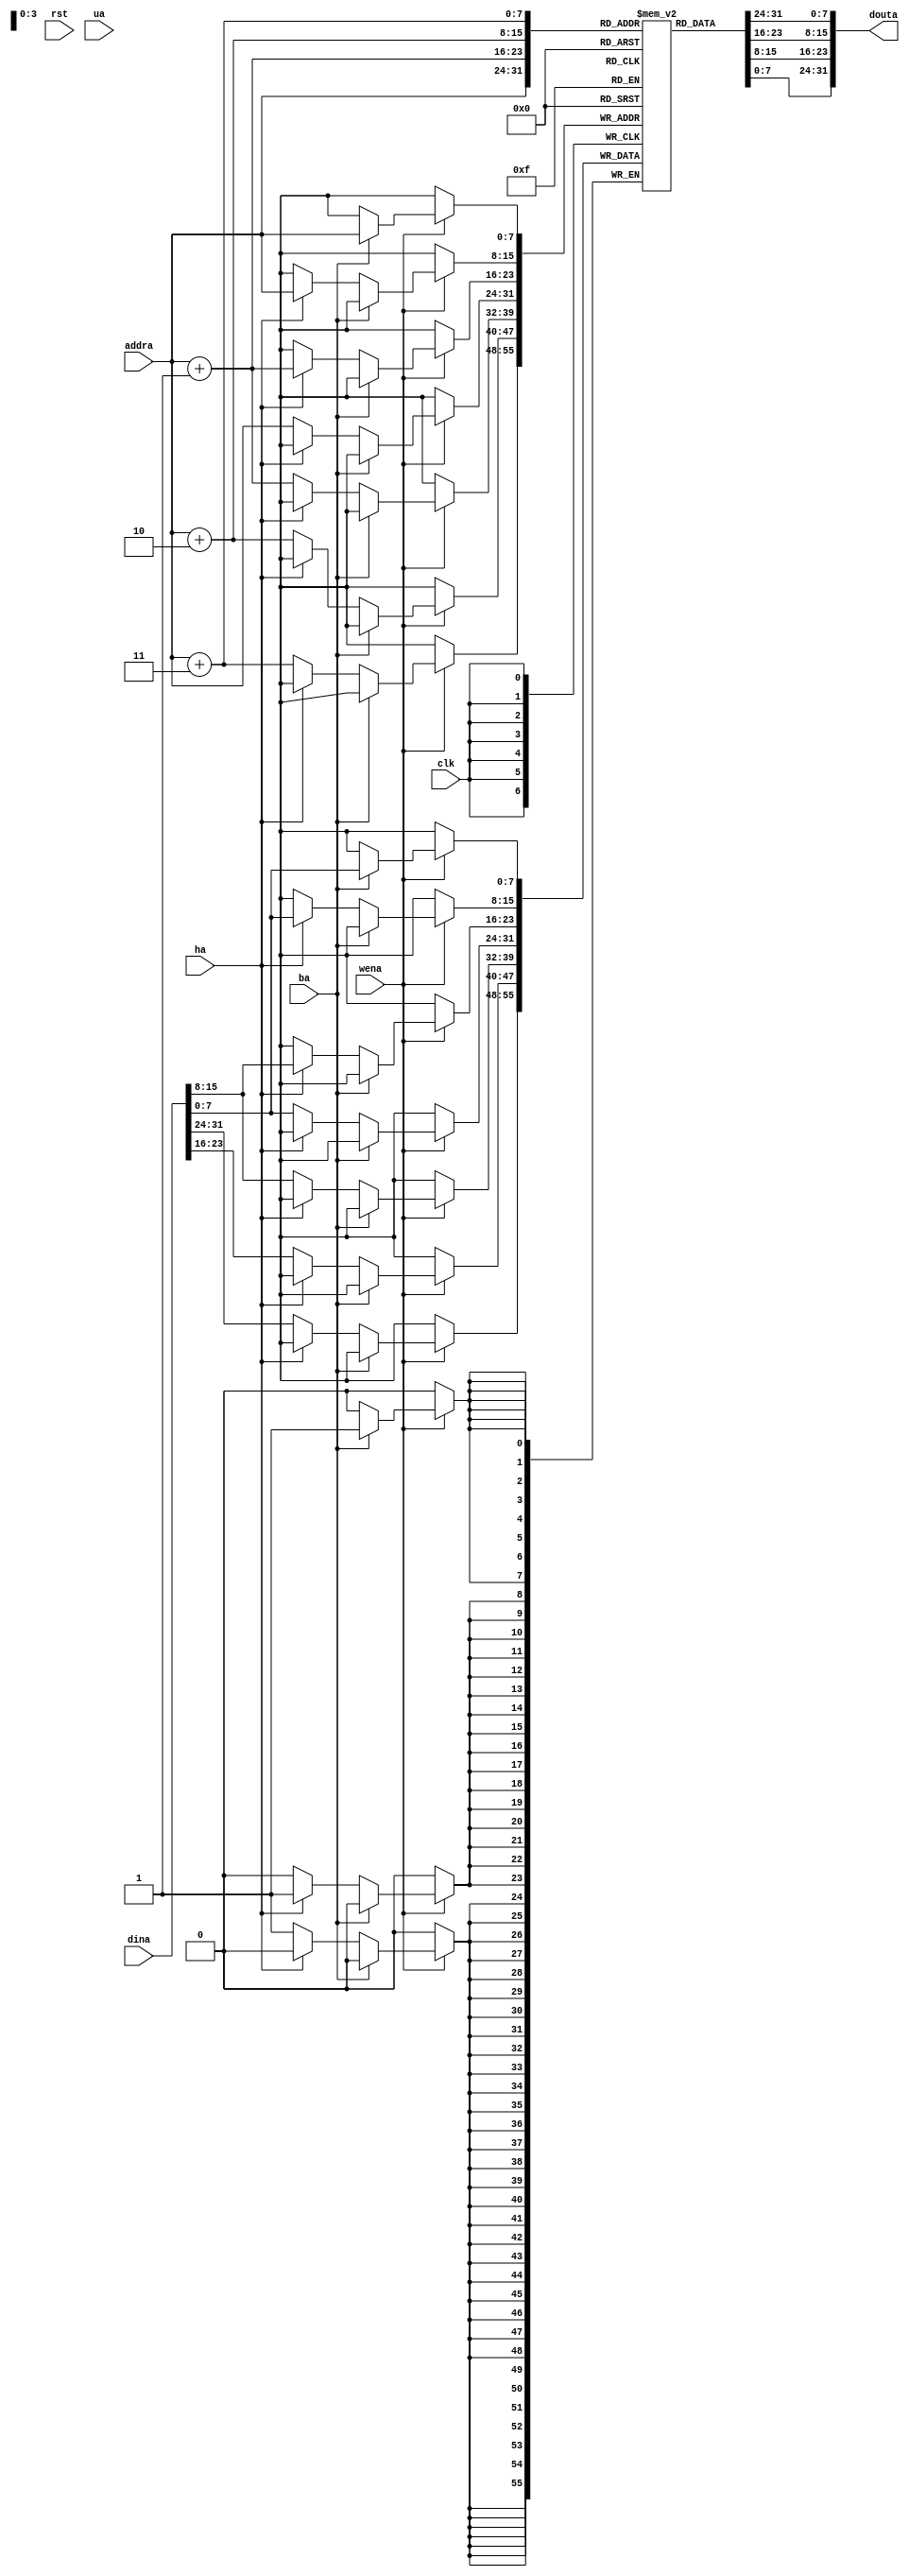
`timescale 1ns / 1ps
//////////////////////////////////////////////////////////////////////////////////
// Company: 
// Engineer: 
// 
// Design Name: 
// Module Name: bram
// Project Name: 
// Target Devices: 
// Tool Versions: 
// Description: 
// 
// Dependencies: 
// 
// Revision:
// Revision 0.01 - File Created
// Additional Comments:
// 
//////////////////////////////////////////////////////////////////////////////////


module bram(
    input clk,
    input rst,
    input wena,
    input ba,
    input ha,
    input ua,
    input [7:0] addra,
    input [31:0] dina,
    output [31:0] douta
    );
    reg [7:0]mem[0:255];
    initial begin
mem[0]<=8'b00010011;
mem[1]<=8'b00000000;
mem[2]<=8'b00000000;
mem[3]<=8'b00000000;
mem[4]<=8'b10010011;
mem[5]<=8'b00000000;
mem[6]<=8'b00000000;
mem[7]<=8'b00001000;
mem[8]<=8'b00010011;
mem[9]<=8'b00000001;
mem[10]<=8'b10000000;
mem[11]<=8'b00000000;
mem[12]<=8'b10010011;
mem[13]<=8'b00000001;
mem[14]<=8'b00000000;
mem[15]<=8'b00000001;
mem[16]<=8'b00010011;
mem[17]<=8'b00000010;
mem[18]<=8'b10000000;
mem[19]<=8'b00000001;
mem[20]<=8'b10110111;
mem[21]<=8'b00010010;
mem[22]<=8'b00000000;
mem[23]<=8'b00000000;
mem[24]<=8'b00010111;
mem[25]<=8'b00010011;
mem[26]<=8'b00000000;
mem[27]<=8'b00000000;
mem[28]<=8'b00110011;
mem[29]<=8'b00000011;
mem[30]<=8'b01010011;
mem[31]<=8'b01000000;
mem[32]<=8'b10110011;
mem[33]<=8'b01110011;
mem[34]<=8'b00100010;
mem[35]<=8'b00000000;
mem[36]<=8'b01100011;
mem[37]<=8'b10001010;
mem[38]<=8'b00100011;
mem[39]<=8'b00000010;
mem[40]<=8'b10010011;
mem[41]<=8'b11010101;
mem[42]<=8'b00010101;
mem[43]<=8'b00000000;
mem[44]<=8'b01100011;
mem[45]<=8'b11010110;
mem[46]<=8'b10110110;
mem[47]<=8'b00000010;
mem[48]<=8'b01101111;
mem[49]<=8'b00000001;
mem[50]<=8'b00000000;
mem[51]<=8'b00000100;
mem[52]<=8'b00010011;
mem[53]<=8'b11010111;
mem[54]<=8'b01000110;
mem[55]<=8'b00000001;
mem[56]<=8'b10010011;
mem[57]<=8'b11010111;
mem[58]<=8'b01000101;
mem[59]<=8'b01000001;
mem[60]<=8'b00110011;
mem[61]<=8'b00101000;
mem[62]<=8'b00000111;
mem[63]<=8'b00000001;
mem[64]<=8'b01100011;
mem[65]<=8'b00000100;
mem[66]<=8'b00000101;
mem[67]<=8'b00000001;
mem[68]<=8'b01110011;
mem[69]<=8'b00000000;
mem[70]<=8'b00000000;
mem[71]<=8'b00000000;
mem[72]<=8'b00010011;
mem[73]<=8'b00000000;
mem[74]<=8'b00000000;
mem[75]<=8'b00000000;
mem[76]<=8'b00010011;
mem[77]<=8'b00000000;
mem[78]<=8'b00000000;
mem[79]<=8'b00000000;
mem[80]<=8'b00010011;
mem[81]<=8'b00000000;
mem[82]<=8'b00000000;
mem[83]<=8'b00000000;
mem[84]<=8'b01110011;
mem[85]<=8'b00000000;
mem[86]<=8'b00000000;
mem[87]<=8'b00000000;
mem[88]<=8'b00110011;
mem[89]<=8'b11100100;
mem[90]<=8'b00100001;
mem[91]<=8'b00000000;
mem[92]<=8'b10010011;
mem[93]<=8'b10010100;
mem[94]<=8'b00010001;
mem[95]<=8'b00000000;
mem[96]<=8'b00110011;
mem[97]<=8'b00110101;
mem[98]<=8'b10010100;
mem[99]<=8'b00000000;
mem[100]<=8'b10110111;
mem[101]<=8'b11110101;
mem[102]<=8'b11111111;
mem[103]<=8'b11111111;
mem[104]<=8'b10010011;
mem[105]<=8'b01100110;
mem[106]<=8'b11110000;
mem[107]<=8'b11111111;
mem[108]<=8'b11100011;
mem[109]<=8'b11111110;
mem[110]<=8'b10110110;
mem[111]<=8'b11111010;
mem[112]<=8'b00100011;
mem[113]<=8'b00000100;
mem[114]<=8'b11010000;
mem[115]<=8'b00001100;
mem[116]<=8'b10100011;
mem[117]<=8'b00010100;
mem[118]<=8'b10110000;
mem[119]<=8'b00001100;
mem[120]<=8'b10100011;
mem[121]<=8'b00100101;
mem[122]<=8'b00010000;
mem[123]<=8'b00001100;
mem[124]<=8'b10100011;
mem[125]<=8'b00010111;
mem[126]<=8'b00100000;
mem[127]<=8'b00001100;
mem[128]<=8'b00000011;
mem[129]<=8'b01000111;
mem[130]<=8'b11110000;
mem[131]<=8'b00001100;
mem[132]<=8'b01100111;
mem[133]<=8'b00000000;
mem[134]<=8'b00000111;
mem[135]<=8'b00000000;//test6

//mem[0]<=8'b00010011;
//mem[1]<=8'b00000000;
//mem[2]<=8'b00000000;
//mem[3]<=8'b00000000;  
//mem[4]<=8'b10010001;
//mem[5]<=8'b01000000;
//mem[6]<=8'b00100001;
//mem[7]<=8'b01000001;
//mem[8]<=8'b11000001;
//mem[9]<=8'b01000001;
//mem[10]<=8'b00001001;
//mem[11]<=8'b01000010;
//mem[12]<=8'b00001010;
//mem[13]<=8'b00000001;//test for compressed insts
//mem[14]<=8'b00001110;
//mem[15]<=8'b10010010;
//mem[16]<=8'b00010001;
//mem[17]<=8'b00000010;
//mem[18]<=8'b10001010;
//mem[19]<=8'b10000001;
//mem[20]<=8'b10010001;
//mem[21]<=8'b10001101;
//mem[22]<=8'b11100101;
//mem[23]<=8'b11011101;
//mem[24]<=8'b00001110;
//mem[25]<=8'b11000000;
//mem[26]<=8'b10000010;
//mem[27]<=8'b01000011;
//mem[28]<=8'b10111101;
//mem[29]<=8'b10001101;
//mem[30]<=8'b11100101;
//mem[31]<=8'b11111101;



    end
    
    always @ (posedge clk)begin
        if(wena)begin
             if(ba)begin
                mem[addra]<=dina[7:0];
            end else if(ha)begin
                mem[addra]<=dina[7:0];
                mem[addra+1]<=dina[15:8];
            end else begin
                mem[addra]<=dina[7:0];
                mem[addra+1]<=dina[15:8];
                mem[addra+2]<=dina[23:16];
                mem[addra+3]<=dina[31:24];
            end
         end
            
    end//always
  //  always @(*)begin
            assign douta={mem[addra+3],mem[addra+2], mem[addra+1], mem[addra]};
  //  end
endmodule